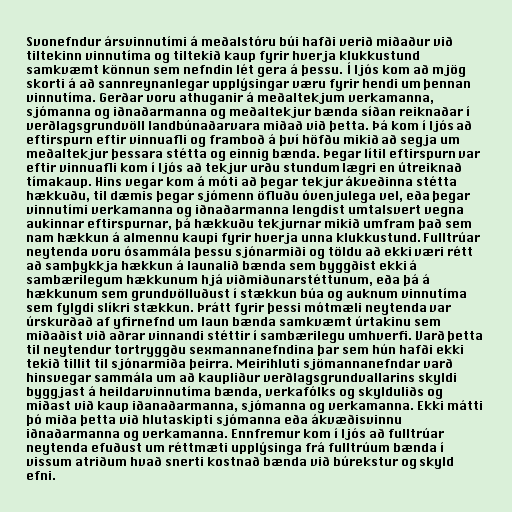
Svonefndur ársvinnutími á meðalstóru búi hafði verið miðaður við
tiltekinn vinnutíma og tiltekið kaup fyrir hverja klukkustund
samkvæmt könnun sem nefndin lét gera á þessu. Í ljós kom að mjög
skorti á að sannreynanlegar upplýsingar væru fyrir hendi um þennan
vinnutíma. Gerðar voru athuganir á meðaltekjum verkamanna,
sjómanna og iðnaðarmanna og meðaltekjur bænda síðan reiknaðar í
verðlagsgrundvöll landbúnaðarvara miðað við þetta. Þá kom í ljós að
eftirspurn eftir vinnuafli og framboð á því höfðu mikið að segja um
meðaltekjur þessara stétta og einnig bænda. Þegar lítil eftirspurn var
eftir vinnuafli kom í ljós að tekjur urðu stundum lægri en útreiknað
tímakaup. Hins vegar kom á móti að þegar tekjur ákveðinna stétta
hækkuðu, til dæmis þegar sjómenn öfluðu óvenjulega vel, eða þegar
vinnutími verkamanna og iðnaðarmanna lengdist umtalsvert vegna
aukinnar eftirspurnar, þá hækkuðu tekjurnar mikið umfram það sem
nam hækkun á almennu kaupi fyrir hverja unna klukkustund. Fulltrúar
neytenda voru ósammála þessu sjónarmiði og töldu að ekki væri rétt
að samþykkja hækkun á launalið bænda sem byggðist ekki á
sambærilegum hækkunum hjá viðmiðunarstéttunum, eða þá á
hækkunum sem grundvölluðust í stækkun búa og auknum vinnutíma
sem fylgdi slíkri stækkun. Þrátt fyrir þessi mótmæli neytenda var
úrskurðað af yfirnefnd um laun bænda samkvæmt úrtakinu sem
miðaðist við aðrar vinnandi stéttir í sambærilegu umhverfi. Varð þetta
til neytendur tortryggðu sexmannanefndina þar sem hún hafði ekki
tekið tillit til sjónarmiða þeirra. Meirihluti sjömannanefndar varð
hinsvegar sammála um að kaupliður verðlagsgrundvallarins skyldi
byggjast á heildarvinnutíma bænda, verkafólks og skylduliðs og
miðast við kaup iðanaðarmanna, sjómanna og verkamanna. Ekki mátti
þó miða þetta við hlutaskipti sjómanna eða ákvæðisvinnu
iðnaðarmanna og verkamanna. Ennfremur kom í ljós að fulltrúar
neytenda efuðust um réttmæti upplýsinga frá fulltrúum bænda í
vissum atriðum hvað snerti kostnað bænda við búrekstur og skyld
efni.